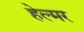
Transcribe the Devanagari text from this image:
हेल्मर